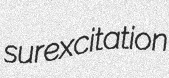
surexcitation